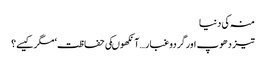
منہ کی دنیا
تیز دھوپ اورگردوغبار …آنکھوںکی حفاظت‘ مگرکیسے؟